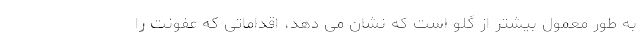
به طور معمول بیشتر از گلو است که نشان می دهد، اقداماتی که عفونت را